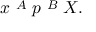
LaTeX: x \ { \overset { A } { \doublebarwedge } } \ p \ { \overset { B } { \doublebarwedge } } \ X .